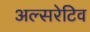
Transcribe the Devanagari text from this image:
अल्सरेटिव